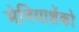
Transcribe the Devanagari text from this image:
मेनियाशेंको